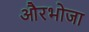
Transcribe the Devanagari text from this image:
औरभोजा